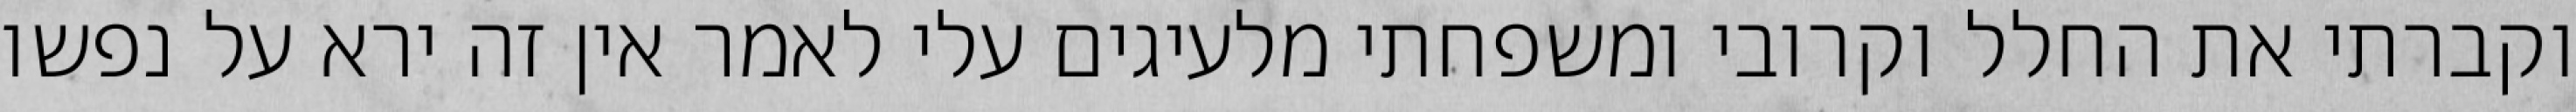
וקברתי את החלל וקרובי ומשפחתי מלעיגים עלי לאמר אין זה ירא על נפשו